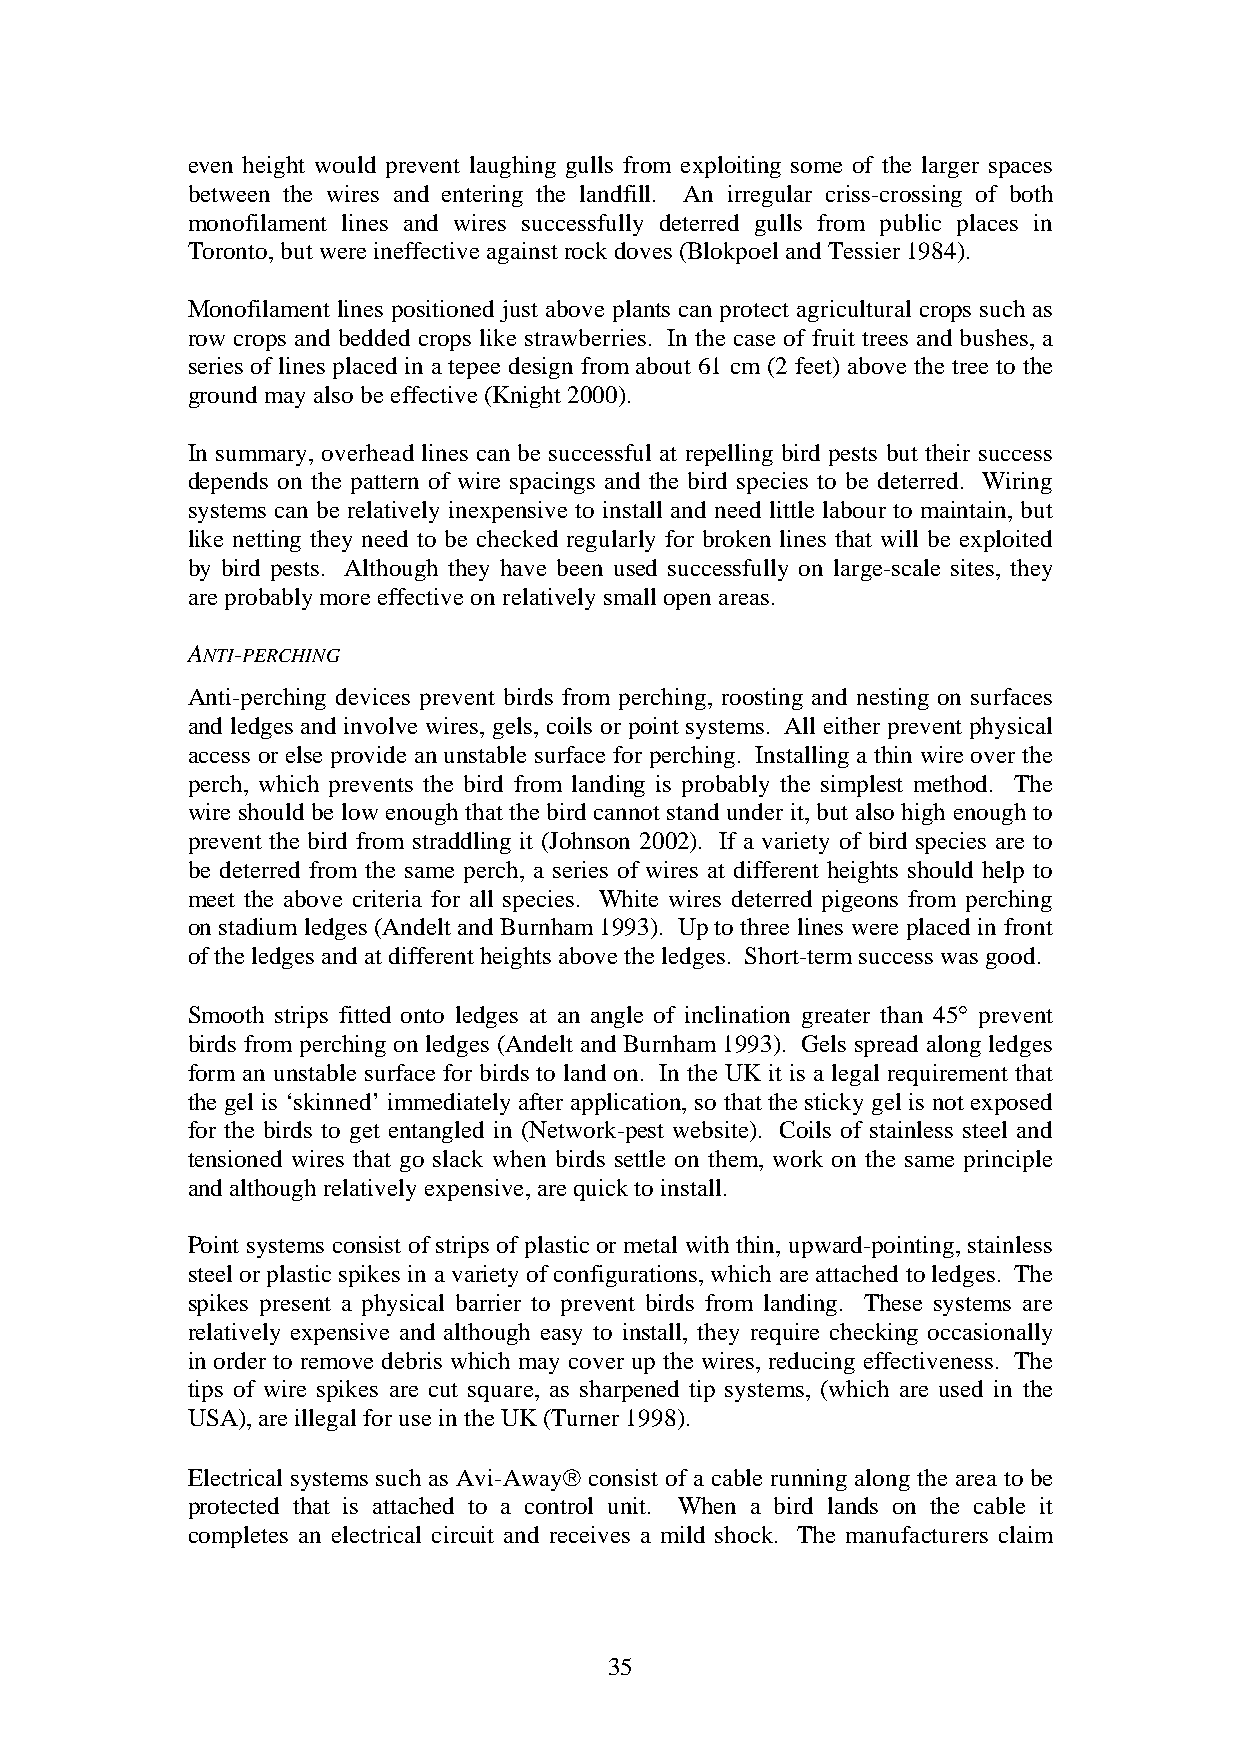
even height would prevent laughing gulls from exploiting some of the larger spaces
 between the wires and entering the landfill. An irregular criss-crossing of both
 monofilament lines and wires successfully deterred gulls from public places in
 Toronto, but were ineffective against rock doves (Blokpoel and Tessier 1984).
 Monofilament lines positioned just above plants can protect agricultural crops such as
 row crops and bedded crops like strawberries. In the case of fruit trees and bushes, a
 series of lines placed in a tepee design from about 61 cm (2 feet) above the tree to the
 ground may also be effective (Knight 2000).
 In summary, overhead lines can be successful at repelling bird pests but their success
 depends on the pattern of wire spacings and the bird species to be deterred. Wiring
 systems can be relatively inexpensive to install and need little labour to maintain, but
 like netting they need to be checked regularly for broken lines that will be exploited
 by bird pests. Although they have been used successfully on large-scale sites, they
 are probably more effective on relatively small open areas.
 ANTI-PERCHING
 Anti-perching devices prevent birds from perching, roosting and nesting on surfaces
 and ledges and involve wires, gels, coils or point systems. All either prevent physical
 access or else provide an unstable surface for perching. Installing a thin wire over the
 perch, which prevents the bird from landing is probably the simplest method. The
 wire should be low enough that the bird cannot stand under it, but also high enough to
 prevent the bird from straddling it (Johnson 2002). If a variety of bird species are to
 be deterred from the same perch, a series of wires at different heights should help to
 meet the above criteria for all species. White wires deterred pigeons from perching
 on stadium ledges (Andelt and Burnham 1993). Up to three lines were placed in front
 of the ledges and at different heights above the ledges. Short-term success was good.
 Smooth strips fitted onto ledges at an angle of inclination greater than 45° prevent
 birds from perching on ledges (Andelt and Burnham 1993). Gels spread along ledges
 form an unstable surface for birds to land on. In the UK it is a legal requirement that
 the gel is ‘skinned’ immediately after application, so that the sticky gel is not exposed
 for the birds to get entangled in (Network-pest website). Coils of stainless steel and
 tensioned wires that go slack when birds settle on them, work on the same principle
 and although relatively expensive, are quick to install.
 Point systems consist of strips of plastic or metal with thin, upward-pointing, stainless
 steel or plastic spikes in a variety of configurations, which are attached to ledges. The
 spikes present a physical barrier to prevent birds from landing. These systems are
 relatively expensive and although easy to install, they require checking occasionally
 in order to remove debris which may cover up the wires, reducing effectiveness. The
 tips of wire spikes are cut square, as sharpened tip systems, (which are used in the
 USA), are illegal for use in the UK (Turner 1998).
 Electrical systems such as Avi-Away consist of a cable running along the area to be
 protected that is attached to a control unit. When a bird lands on the cable it
 completes an electrical circuit and receives a mild shock. The manufacturers claim
 35